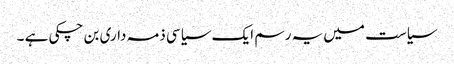
سیاست میں یہ رسم ایک سیاسی ذمہ داری بن چکی ہے ۔